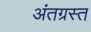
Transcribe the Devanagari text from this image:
अंतग्रस्त